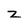
Character: z